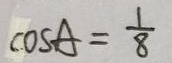
\cos A = \frac { 1 } { 8 }